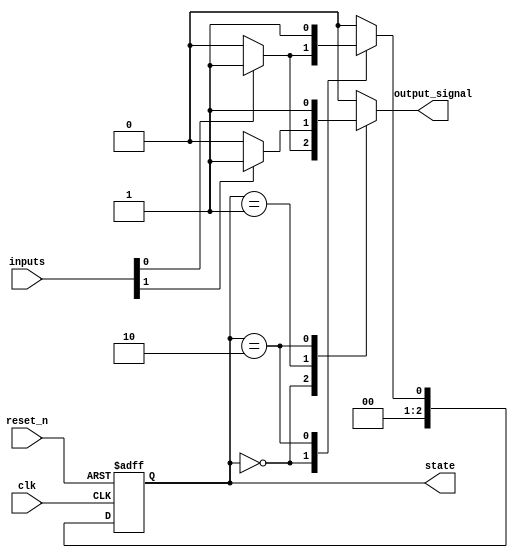
module MealyFSM #(parameter N = 3, // Number of bits for the state
                   parameter M = 2) // Number of input signals
(
    input wire clk,                // Clock input
    input wire reset_n,            // Active low reset
    input wire [M-1:0] inputs,     // Input signals
    output reg [N-1:0] state,      // Current state output
    output reg output_signal        // Output signal
);

// State encoding
localparam S0 = 3'b000;
localparam S1 = 3'b001;
localparam S2 = 3'b010;
localparam S3 = 3'b011;

// Next state logic
always @(*) begin
    case (state)
        S0: begin
            if (inputs[0]) begin
                state_next = S1;
                output_signal = 1'b1; // Output based on input
            end else begin
                state_next = S0;
                output_signal = 1'b0;
            end
        end
        S1: begin
            if (inputs[1]) begin
                state_next = S2;
                output_signal = 1'b1;
            end else begin
                state_next = S0;
                output_signal = 1'b0;
            end
        end
        S2: begin
            state_next = S3; // Transition to S3
            output_signal = 1'b1; // Output based on input
        end
        S3: begin
            state_next = S0; // Transition back to S0
            output_signal = 1'b0; // Output based on input
        end
        default: begin
            state_next = S0;
            output_signal = 1'b0;
        end
    endcase
end

// State register
always @(posedge clk or negedge reset_n) begin
    if (!reset_n) begin
        state <= S0; // Initialize to reset state
    end else begin
        state <= state_next; // Update state on clock edge
    end
end

endmodule